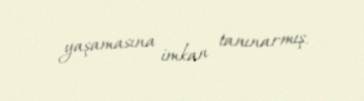
yaşamasına imkan tanınarmış.